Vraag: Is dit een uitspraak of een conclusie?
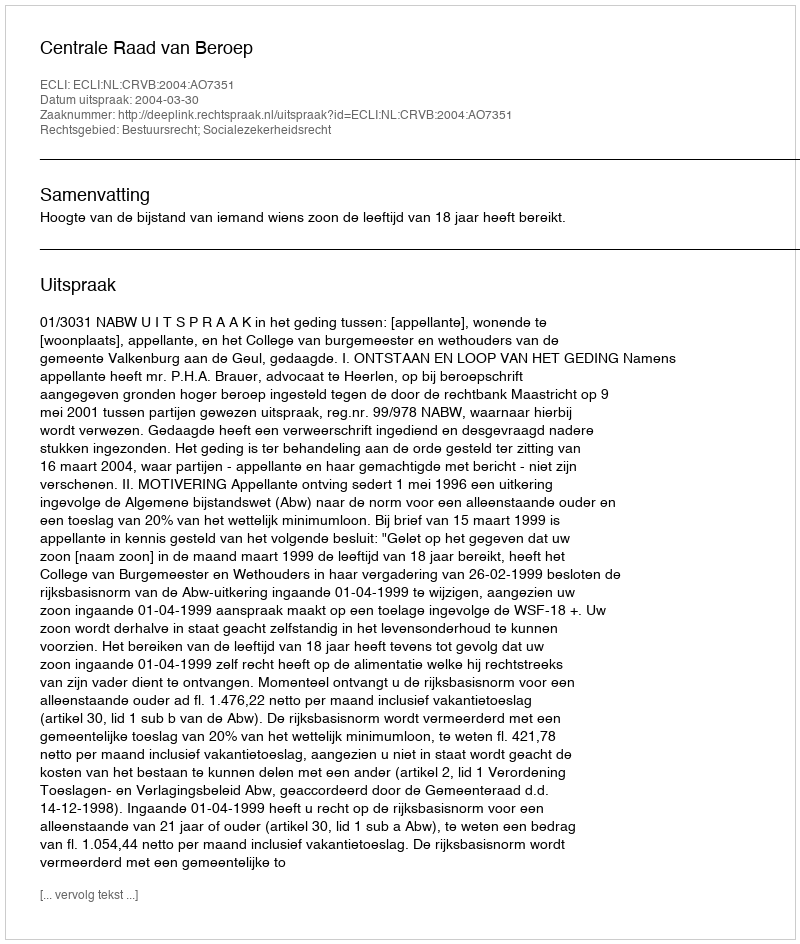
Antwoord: Uitspraak